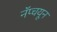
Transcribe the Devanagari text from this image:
नॅप्चयून